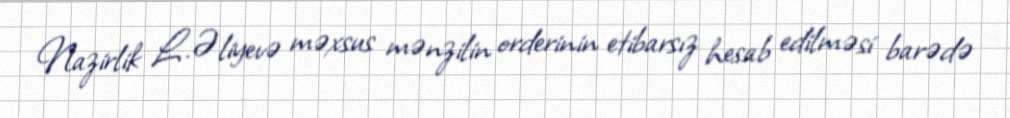
Nazirlik L.Əliyevə məxsus mənzilin orderinin etibarsız hesab edilməsi barədə